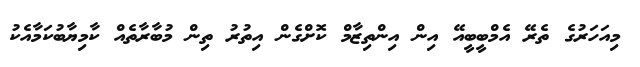
މިއަހަރުގެ ތެރޭ އެމްބީބީއޭ އިން އިންތިޒާމް ކޮށްގެން އިތުރު ތިން މުބާރާތެއް ކާމިޔާބުކަމާއެކު